Civil Veterinary Department Bengal reports 1933-51 - 1933-1951
Year: 1933
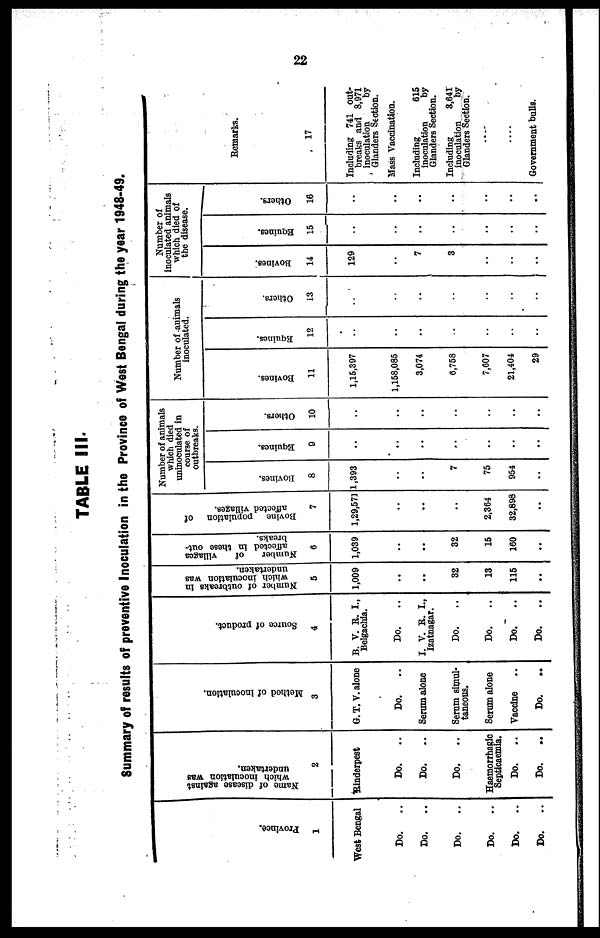
22
TABLE III.
Summary of results of preventive Inoculation in the Province of West Bengal during the year 1948-49.
Province.
1
West Bengal
Do. ..
Do. ..
Do. ..
Do. ..
Do.
..
Do. ..
Name of disease against
which inoculation was
undertaken.
2
Rinderpest
Do. ..
Do. ..
Do. ..
Haemorrhagic
Septicaemia.
Do. ..
Do.
..
Method of inoculation.
3
G. T. V. alone
Do. ..
Serum alone
Serum simul-
taneous.
Serum alone
Vaccine ..
Do.
..
Source of product.
4
B. V. R. I.,
Belgachia.
Do. ..
I. V. R. I.,
Izatnagar.
Do. ..
Do. ..
Do. ..
Do. ..
Number
of outbreaks in
which inoculation was
undertaken.
5
1,009
..
..
32
13
115
..
Number of
villages
affected in these out
breaks.
6
1,039
..
..
32
15
160
..
Bovine
population of
affected villages.
7
1,29,571
..
..
..
2,364
32,698
..
Number of animals
which died
uninoculated in
course of
outbreaks.
Bovines.
8
1,393
..
..
7
75
954
..
Equines.
9
..
..
..
..
..
..
Others.
10
..
..
..
..
..
..
Number of animals
inoculated.
Bovines.
11
1,15,397
1,158,085
3,074
6,758
7,607
21,404
29
Equines.
12
..
..
..
..
..
..
Others.
13
..
..
..
..
..
..
Number of
inoculated animals
which died of
the disease.
Bovines.
14
129
..
7
3
..
..
..
Equines.
15
..
..
..
..
..
..
Others.
16
..
..
..
..
..
..
..
Remarks.
17
Including 741 out-
breaks and 8,971
inoculation
by
Glanders Section.
Mass Vaccination.
Including
615
Inoculation
by
Glanders Section.
Including
8,641
inoculation
by
Glanders Section.
....
....
Government bulls.